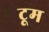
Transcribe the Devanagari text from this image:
टूम